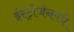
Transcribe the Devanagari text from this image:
ईस्ट्रोजेनमधे